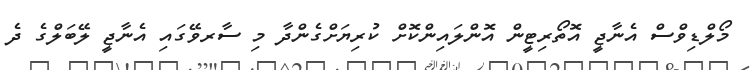
މޯލްޑިވްސް އެނާޖީ އޮތޯރިޓީން އޮންލައިންކޮށް ކުރިޔަށްގެންދާ މި ސާރވޭގައި އެނާޖީ ލޭބަލްގެ ދެ